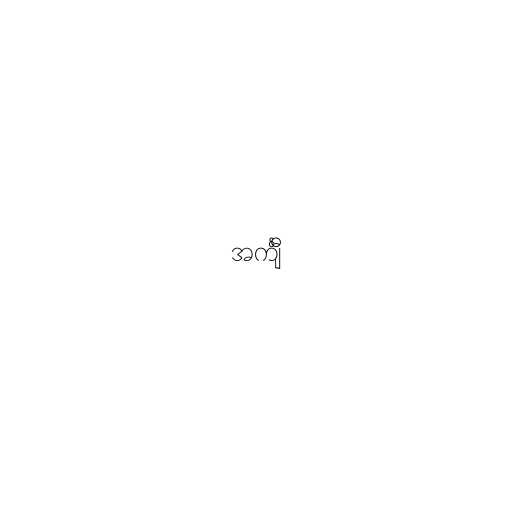
အင်္ကျီ